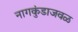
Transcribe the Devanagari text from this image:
नागकुंडाजवळ